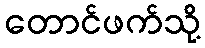
တောင်ဖက်သို့